NASA-UAP-D2, Apollo 17 Transcript, 1972
Agency: NASA
Incident date: 1972
Incident location: Moon
Page 2
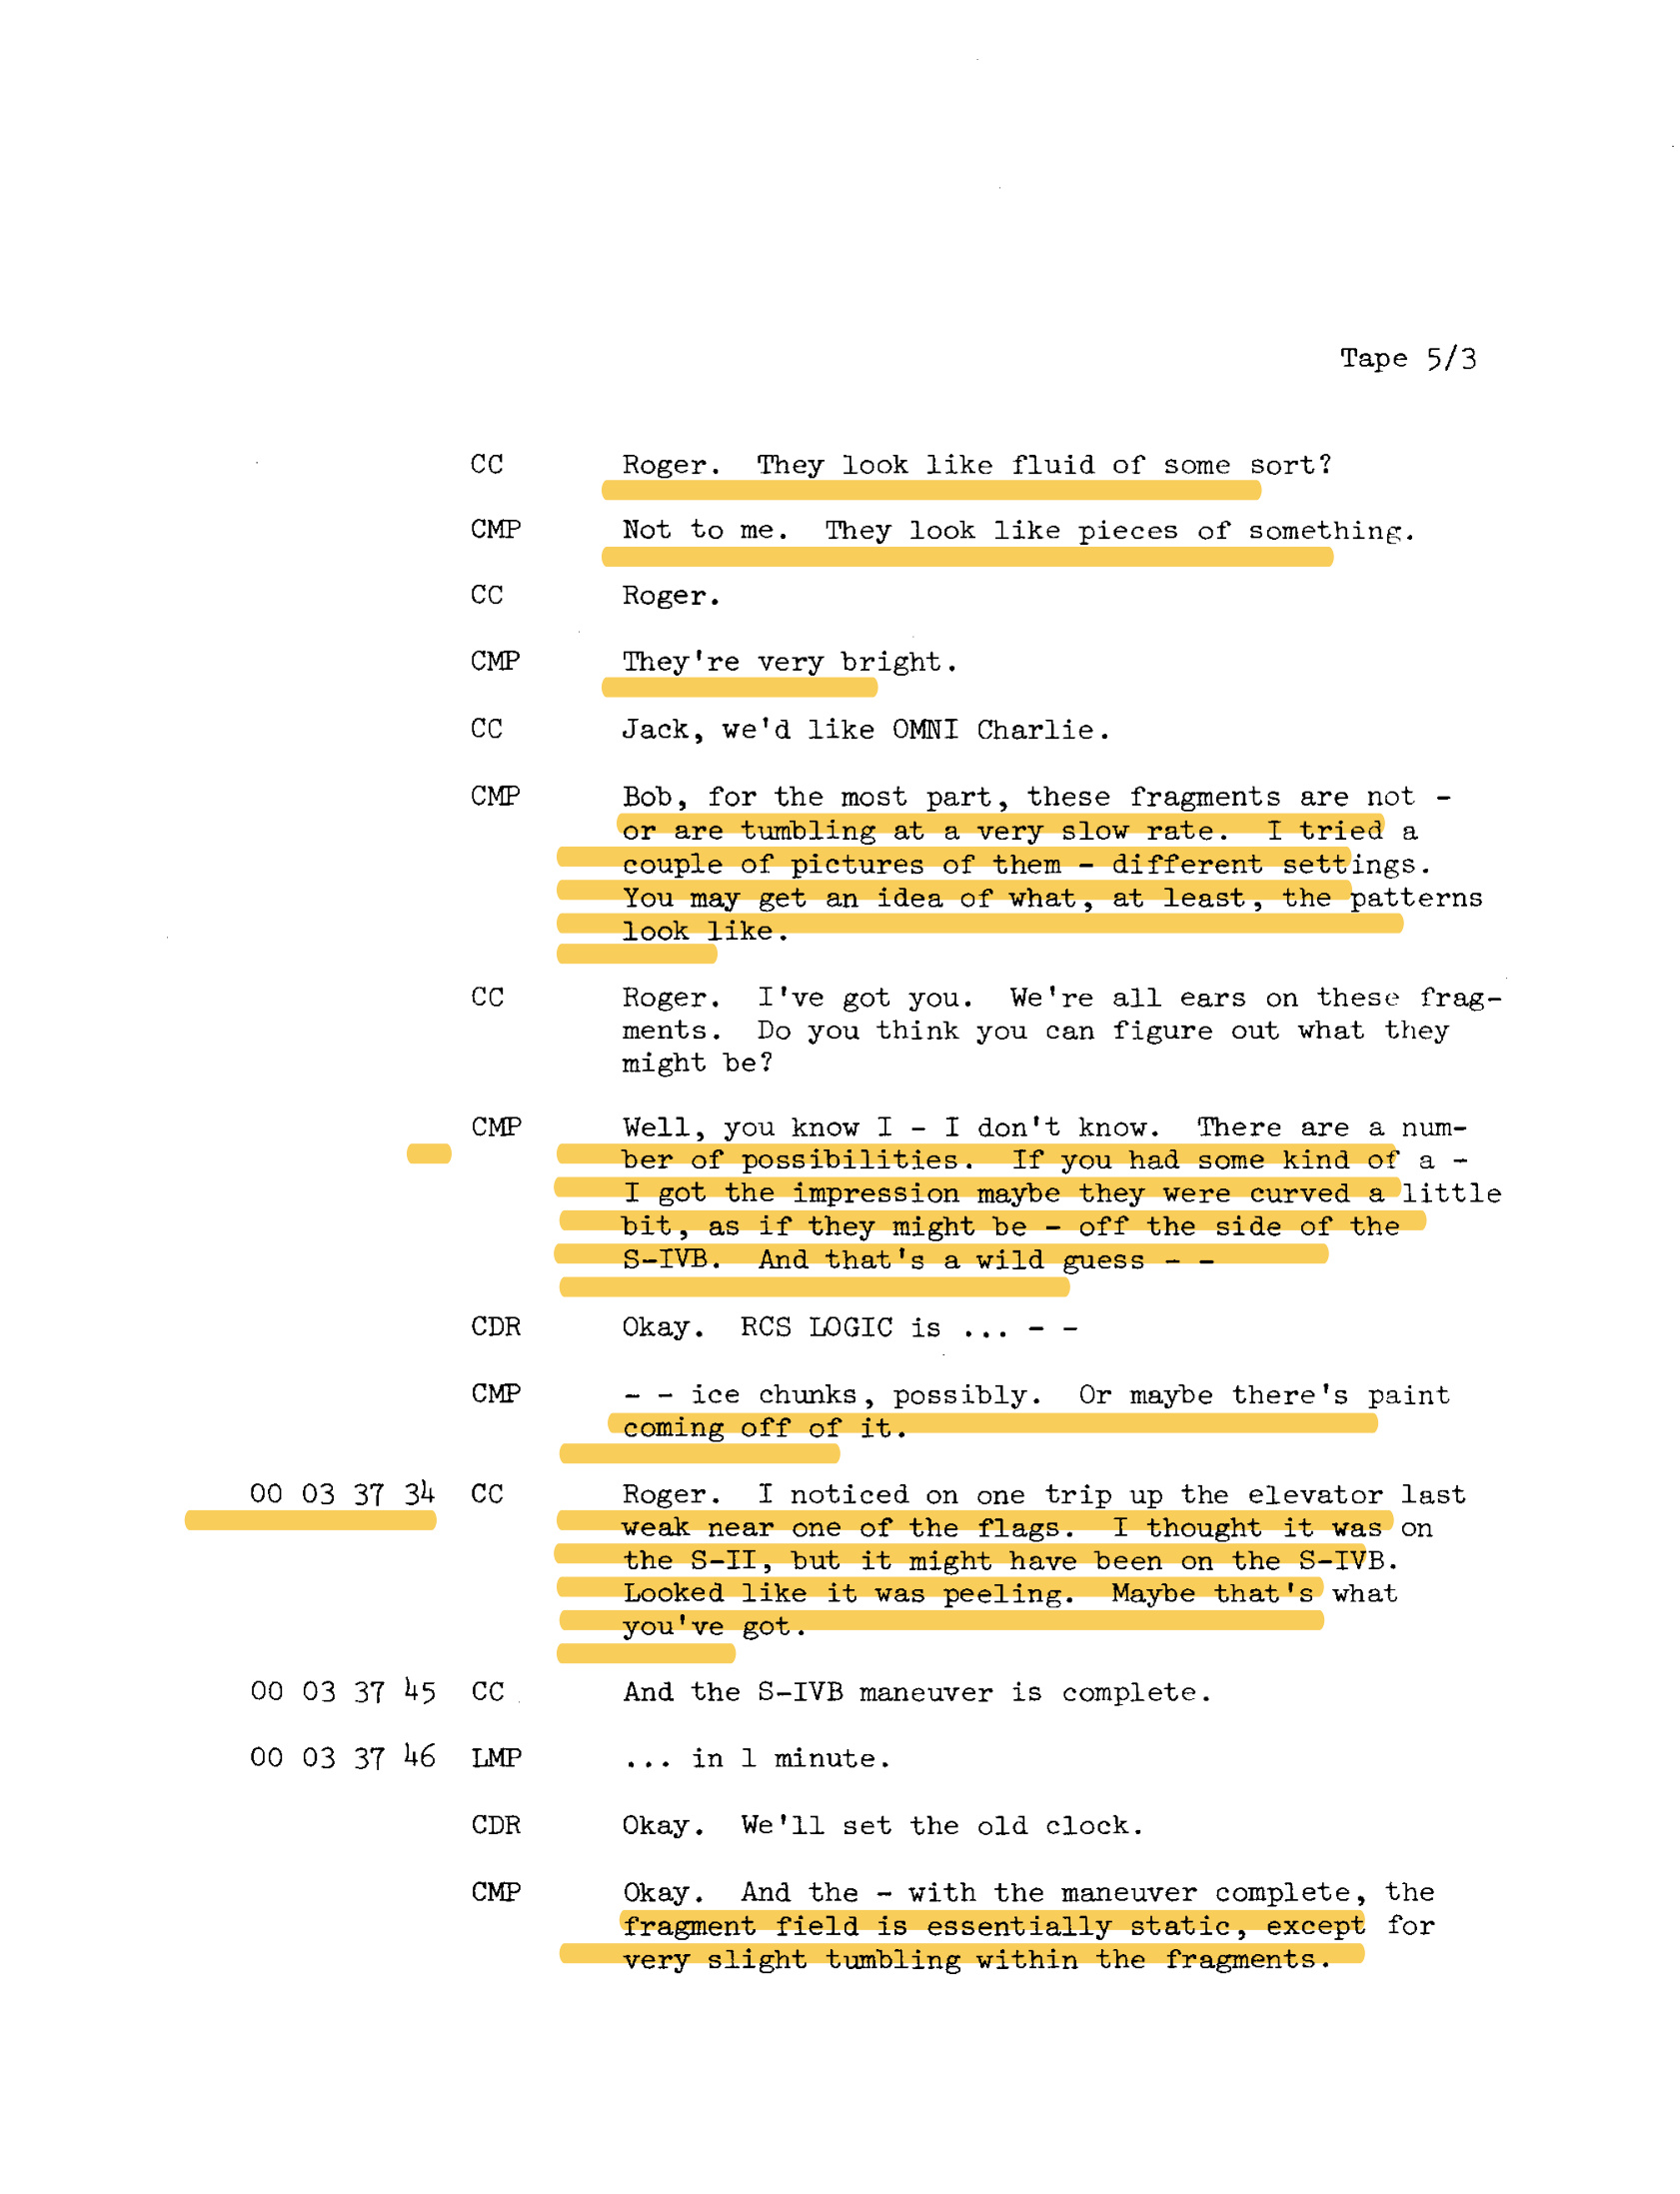